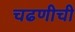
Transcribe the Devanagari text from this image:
चढणीची